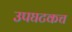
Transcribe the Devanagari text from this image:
उपघटकच